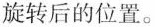
旋转后的位置。